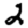
Digit: 2